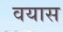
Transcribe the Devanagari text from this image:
वयास